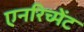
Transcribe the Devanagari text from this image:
एनरिच्मेंट